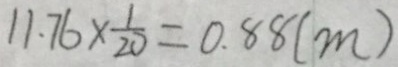
1 1 . 7 6 \times \frac { 1 } { 2 0 } = 0 . 8 8 ( m )